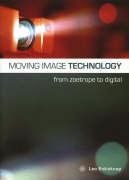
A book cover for Moving Image TechnologyEE From Zoetrope to Digital; Leo Enticknap; Humor & Entertainment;